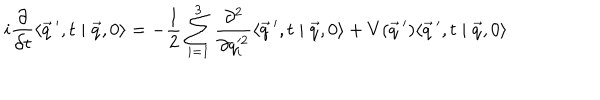
i \frac { \partial } { \partial t } \langle \vec { q } \, ^ { \prime } , t \mid \vec { q } , 0 \rangle = - \frac { 1 } { 2 } \sum _ { i = 1 } ^ { 3 } \frac { \partial ^ { 2 } } { \partial q _ { i } ^ { 2 } } \langle \vec { q } \, ^ { \prime } , t \mid \vec { q } , 0 \rangle + V ( \vec { q } \, ^ { \prime } ) \langle \vec { q } \, ^ { \prime } , t \mid \vec { q } , 0 \rangle